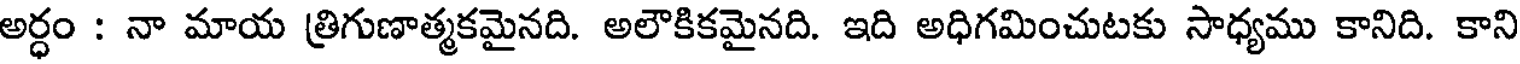
అర్ధం : నా మాయ త్రిగుణాత్మకమైనది. అలౌకికమైనది. ఇది అధిగమించుటకు సాధ్యము కానిది. కాని